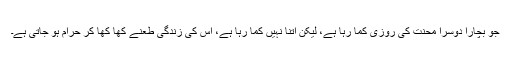
جو بچارا دوسرا محنت کی روزی کما رہا ہے، لیکن اتنا نہیں کما رہا ہے، اس کی زندگی طعنے کھا کھا کر حرام ہو جاتی ہے۔